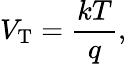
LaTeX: V_{\mathrm{T}}={\frac{kT}{q}},